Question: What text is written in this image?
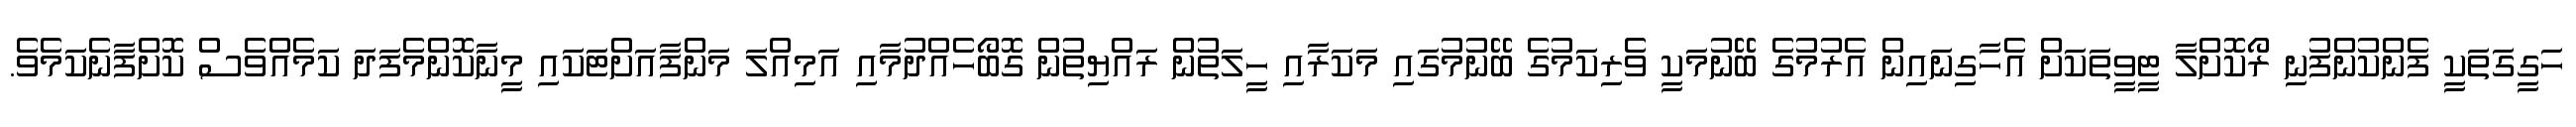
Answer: ހަގީގަތަކީ ފެންކުންފުނި ރޯކޮށްލާ ޓީވީތަކަށް އެހާގިނައިން އެރުމުގެ ބޭނުމަކީ ވެރިކަމުގެ ބޭނުމުގައި މަކަރާއި ހީލަތުން ރައްޔިތުން ގޮބޯހެއްދުމާއި އަމިއްލަ މަންފާއަށްޓަކައި މީނާކޮންމެފަދަ ކަމެއްވެސް ކޮށްފާނެކަމެވެ.